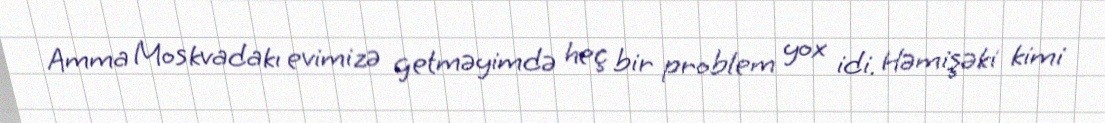
Amma Moskvadakı evimizə getməyimdə heç bir problem yox idi. Həmişəki kimi